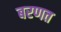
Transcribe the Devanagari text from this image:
बरणत